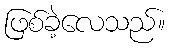
ဖြစ်ခဲ့လေသည်။